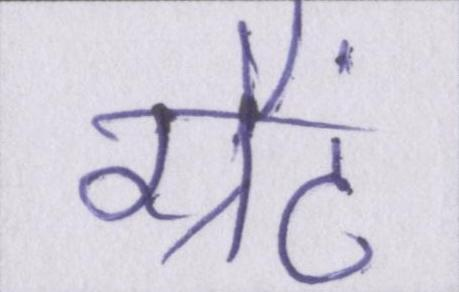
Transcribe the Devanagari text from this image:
ग्रैंट